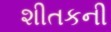
શીતકની